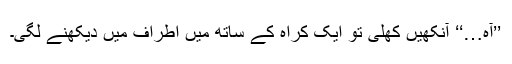
’’آہ…‘‘ آنکھیں کھلی تو ایک کراہ کے ساتھ میں اطراف میں دیکھنے لگی۔